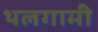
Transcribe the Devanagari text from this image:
थलगामी